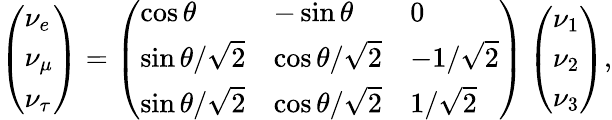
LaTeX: \left(\begin{array}{l}{{\nu_{e}}}\\ {{\nu_{\mu}}}\\ {{\nu_{\tau}}}\end{array}\right)=\left(\begin{array}{lll}{{\cos\theta}}&{{-\sin\theta}}&{{0}}\\ {{\sin\theta/\sqrt 2}}&{{\cos\theta/\sqrt 2}}&{{-1/\sqrt 2}}\\ {{\sin\theta/\sqrt 2}}&{{\cos\theta/\sqrt 2}}&{{1/\sqrt 2}}\end{array}\right)\left(\begin{array}{l}{{\nu_{1}}}\\ {{\nu_{2}}}\\ {{\nu_{3}}}\end{array}\right),